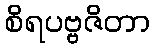
စိရပဗ္ဗဇိတာ